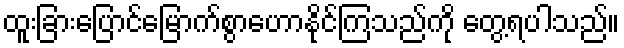
ထူးခြားပြောင်မြောက်စွာဟောနိုင်ကြသည်ကို တွေ့ရပါသည်။